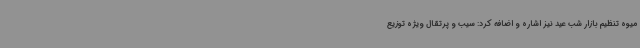
میوه تنظیم بازار شب عید نیز اشاره و اضافه کرد: سیب و پرتقال ویژه توزیع